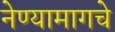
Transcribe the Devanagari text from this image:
नेण्यामागचे